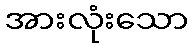
အားလုံးသော